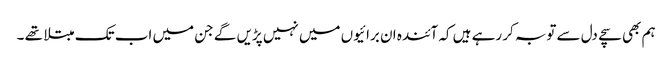
ہم بھی سچے دل سے توبہ کر رہے ہیں کہ آئندہ ان برائیوں میں نہیں پڑیں گے جن میں اب تک مبتلا تھے ۔